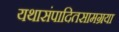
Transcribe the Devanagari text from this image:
यथासंपादितसामग्रया